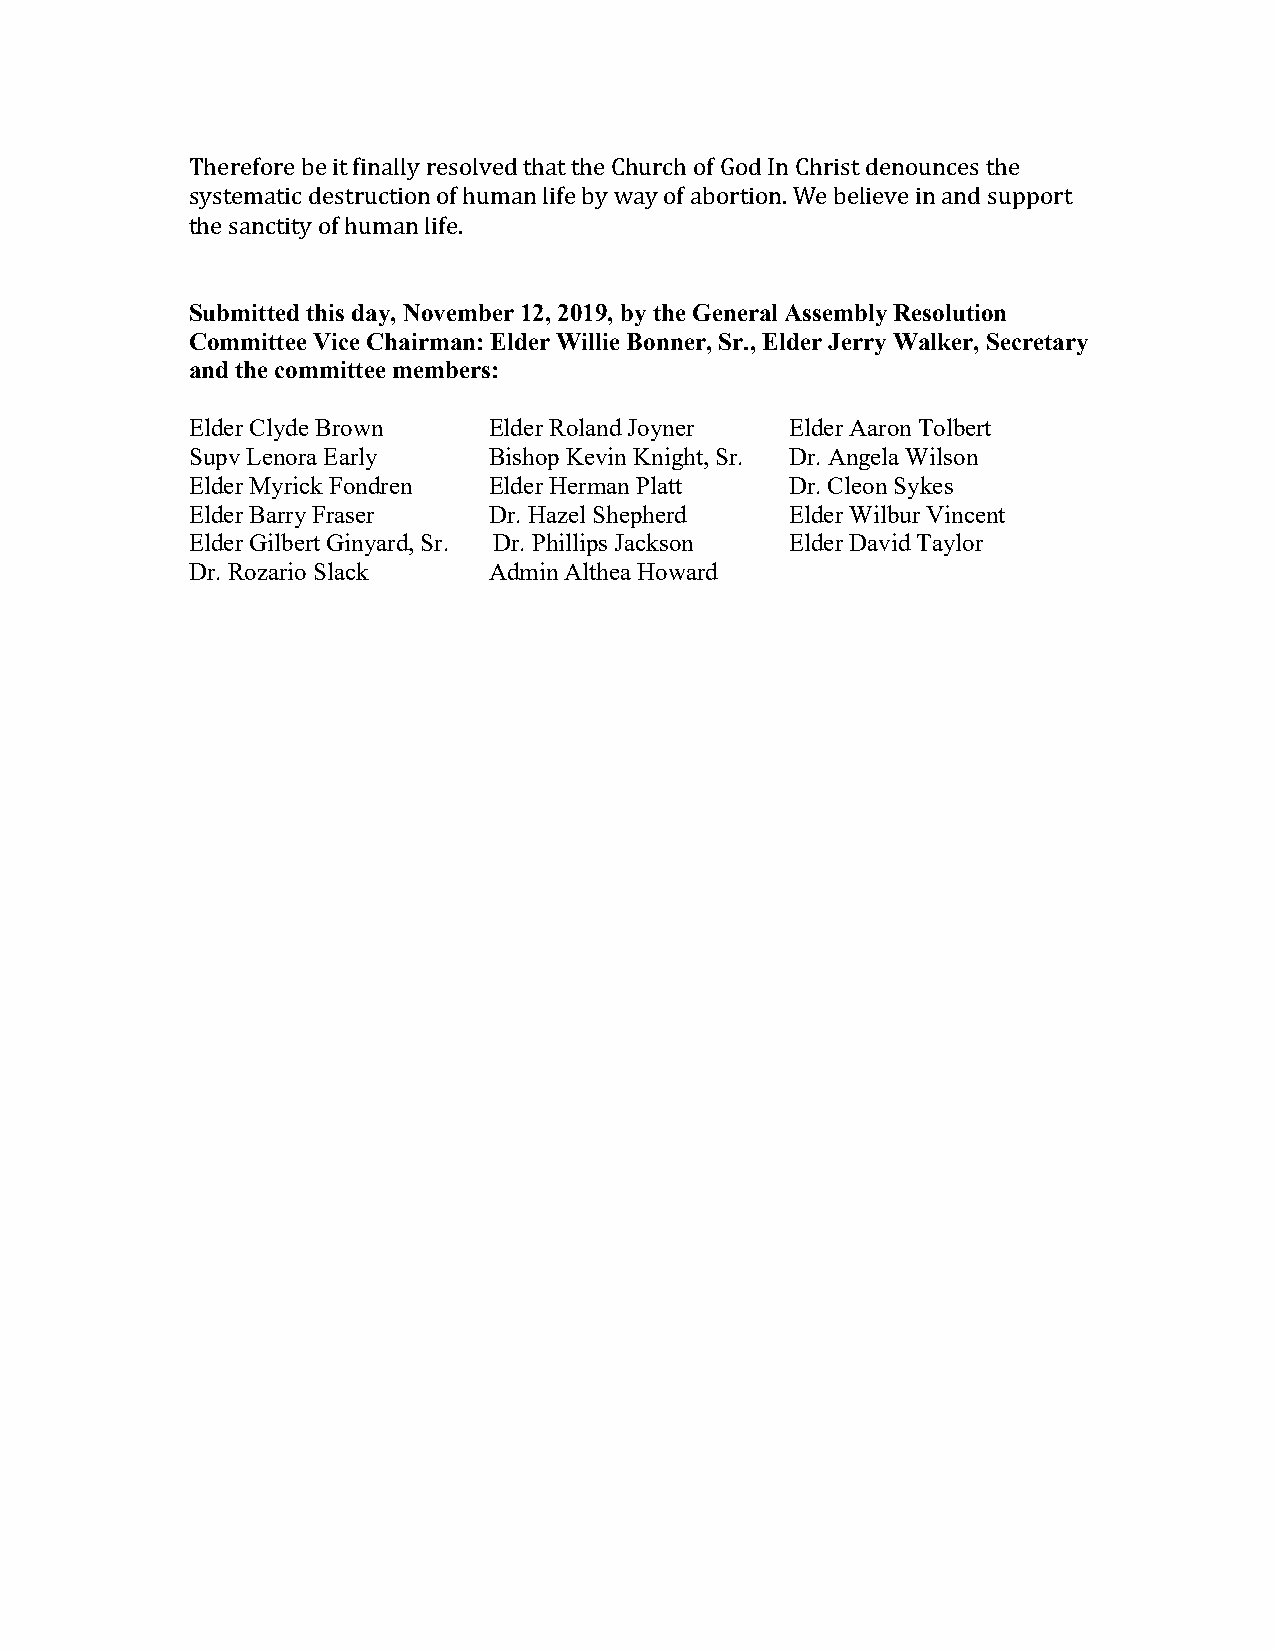
Therefore be it finally resolved that the Church of God In Christ denounces the
 systematic destruction of human life by way of abortion. We believe in and support
 the sanctity of human life.
 Submitted this day, November 12, 2019, by the General Assembly Resolution
 Committee Vice Chairman: Elder Willie Bonner, Sr., Elder Jerry Walker, Secretary
 and the committee members:
 Elder Clyde Brown   Elder Roland Joyner Elder Aaron Tolbert
 Supv Lenora Early   Bishop Kevin Knight, Sr. Dr. Angela Wilson
 Elder Myrick Fondren Elder Herman Platt Dr. Cleon Sykes
 Elder Barry Fraser  Dr. Hazel Shepherd  Elder Wilbur Vincent
 Elder Gilbert Ginyard, Sr. Dr. Phillips Jackson Elder David Taylor
 Dr. Rozario Slack   Admin Althea Howard